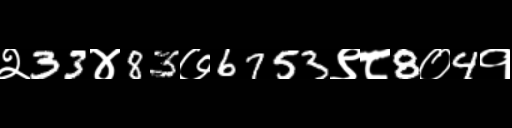
Text: २33४83७6753९८8०4१